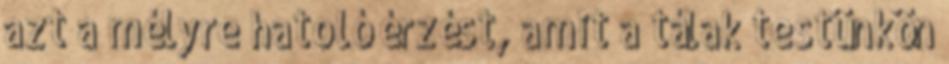
azt a mélyre hatoló érzést, amit a tálak testünkön